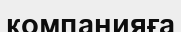
компанияға